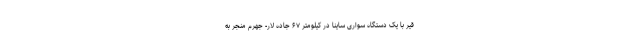
قیر با یک دستگاه سواری ساینا در کیلومتر ۶۷ جاده لار- جهرم منجر به